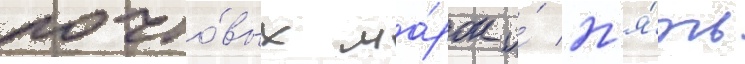
почто́вых ма́рок и́ п'я́ть